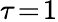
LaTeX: \tau\! =\! 1